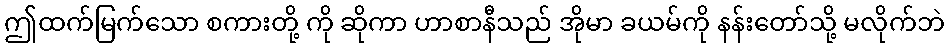
ဤထက်မြက်သော စကားတို့ ကို ဆိုကာ ဟာစာနီသည် အိုမာ ခယမ်ကို နန်းတော်သို့ မလိုက်ဘဲ